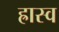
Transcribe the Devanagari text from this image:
ह्रास्व